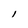
Character: l